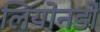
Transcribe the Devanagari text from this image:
लियोनर्डो